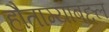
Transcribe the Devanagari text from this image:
हौताम्याबद्दल